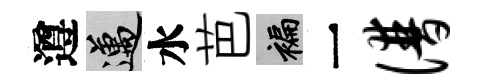
遵邁水芭褊一谱